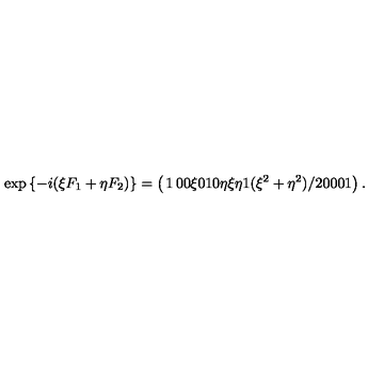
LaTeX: \exp { \left\{ - i ( \xi F _ { 1 } + \eta F _ { 2 } ) \right\} } = \left( \begin{matrix} { 1 } & { 0 } & { 0 } & { \xi } \\ { 0 } & { 1 } & { 0 } & { \eta } \\ { \xi } & { \eta } & { 1 } & { ( \xi ^ { 2 } + \eta ^ { 2 } ) / 2 } \\ { 0 } & { 0 } & { 0 } & { 1 } \\ \end{matrix} \right) .